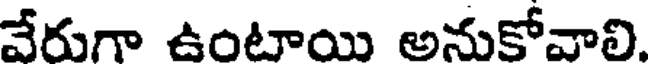
వేరుగా ఉంటాయి అనుకోవాలి.